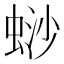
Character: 𬠋